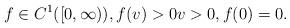
LaTeX: \begin{align*} f\in C^1([0,\infty)), f(v)>0 v>0, f(0)=0.\end{align*}